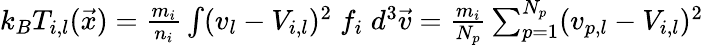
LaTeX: \begin{array}{r}{k_{B}T_{i,l}(\vec{x})=\frac{m_{i}}{n_{i}}\int(v_{l}-V_{i,l})^{2}\; f_{i}\; d^{3}\vec{v}=\frac{m_{i}}{N_{p}}\sum_{p=1}^{N_{p}}(v_{p,l}-V_{i,l})^{2}}\end{array}